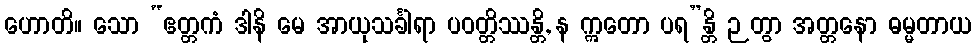
ဟောတိ။ သော “ဧတ္တကံ ဒါနိ မေ အာယုသင်္ခါရာ ပဝတ္တိဿန္တိ, န ဣတော ပရ”န္တိ ဉတွာ အတ္တနော ဓမ္မတာယ